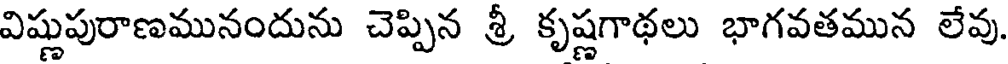
విష్ణుపురాణమునందును చెప్పిన శ్రీ కృష్ణగాథలు భాగవతమున లేవు.